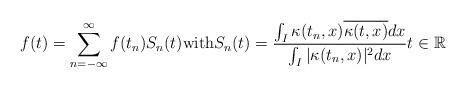
LaTeX: \begin{align*} f(t)= \sum_{n=-\infty}^{\infty} f(t_n ) S_{n}(t) \textrm{with} S_{n}(t)= \frac{\int_{I}\kappa(t_n,x)\overline{\kappa(t,x)} dx}{\int_{I}\vert \kappa(t_n,x)\vert^2 dx} t\in\mathbb{R} \end{align*}